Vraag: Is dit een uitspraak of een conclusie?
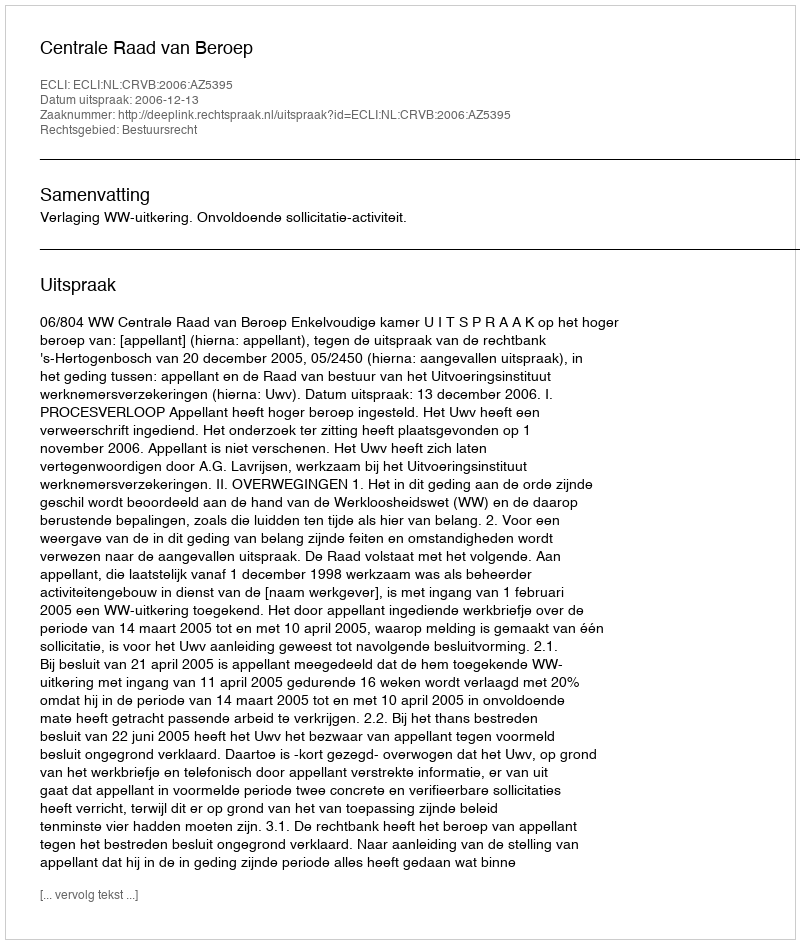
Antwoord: Uitspraak